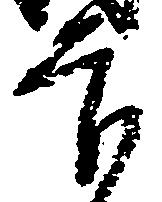
官